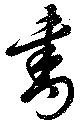
書